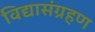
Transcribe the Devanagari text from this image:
विद्यासंग्रहण